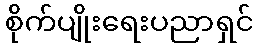
စိုက်ပျိုးရေးပညာရှင်